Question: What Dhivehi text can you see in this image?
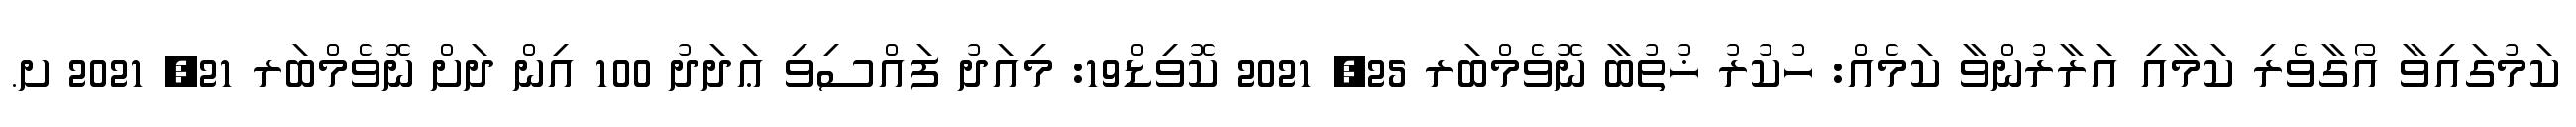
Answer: ކަމުގައިވާ އޯގާވެރި ކަމާއި އަރާރުންވާ ކަމެއް: ހުކުރު ޚުތުބާ ނޮވެމްބަރ 25, 2021 ކޮވިޑް19: މިއަދު ފައްސިވި ޢަދަދު 100 އިން ދަށް ނޮވެމްބަރ 21, 2021 ށ.